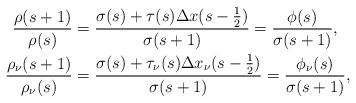
LaTeX: \begin{align*}\frac{\rho(s+1)}{\rho(s)}&=\frac{\sigma(s)+\tau(s)\Delta x(s-\frac 12)}{\sigma(s+1)}=\frac{\phi(s)}{\sigma(s+1)},\\\frac{\rho_{\nu}(s+1)}{\rho_{\nu}(s)}&=\frac{\sigma(s)+\tau_{\nu}(s)\Delta x_{\nu}(s-\frac 12)}{\sigma(s+1)}=\frac{\phi_{\nu}(s)}{\sigma(s+1)},\end{align*}